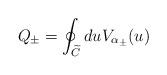
LaTeX: \begin{align*}Q_{\pm }=\oint_{\widetilde{C}}duV_{\alpha _{\pm }}(u)\end{align*}